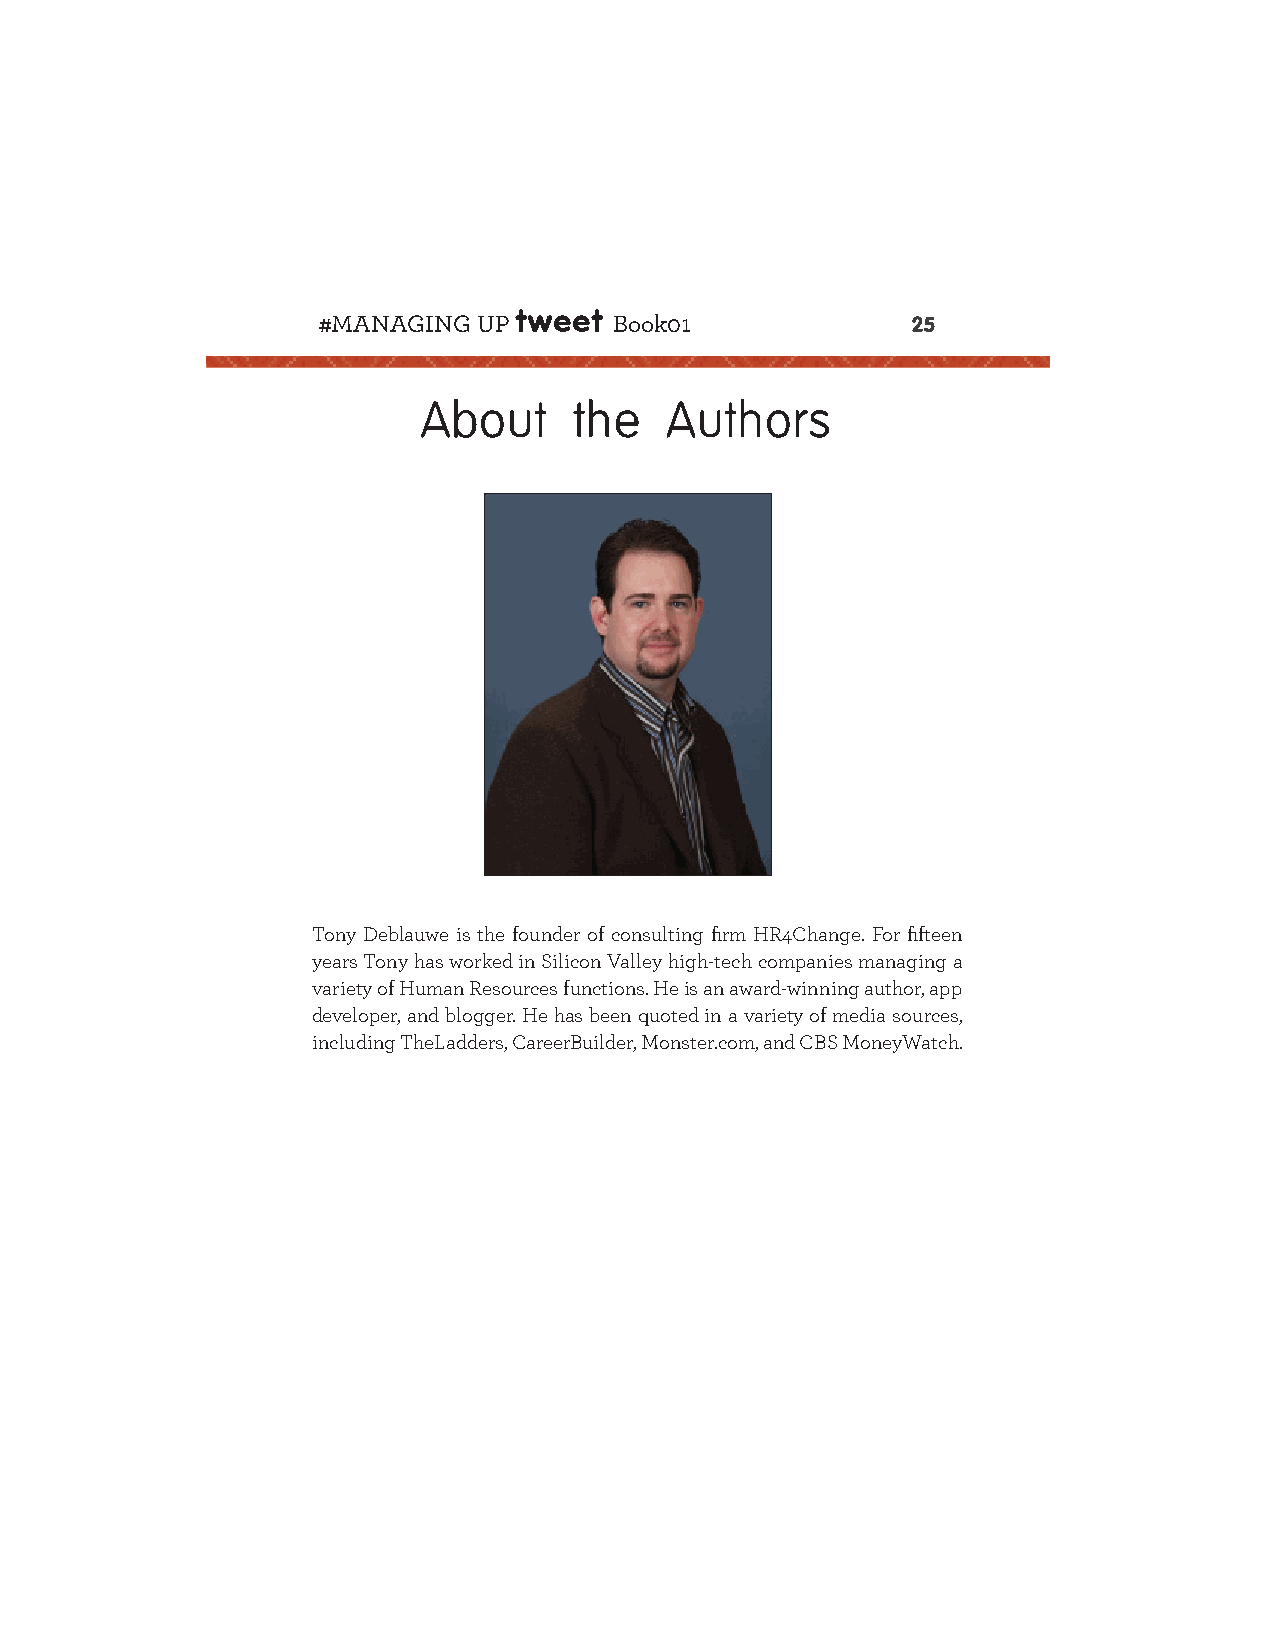
#MANAGING  UP tweet Book01
 25
 About     the   Authors
 Tony Deblauwe is the founder of consulting fi rm HR4Change. For fi fteen
 years Tony has worked in Silicon Valley high-tech companies managing a
 variety of Human Resources functions. He is an award-winning author, app
 developer, and blogger. He has been quoted in a variety of media sources,
 including TheLadders, CareerBuilder, Monster.com, and CBS MoneyWatch.